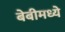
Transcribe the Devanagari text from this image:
बेबीमध्ये